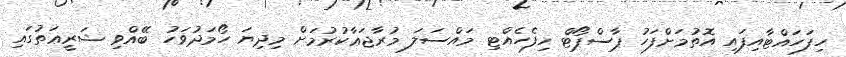
ހިފަހައްޓާއިފައި އޮތުމަށްފަހު ޕާސްޕޯޓް ހިފެހެއްޓި މައްސަލަ މުރާޖަޢާކުރުމަށް މިދިޔަ ހޯމަދުވަހު ބޭއްވި ޝަރީޢަތުގައި